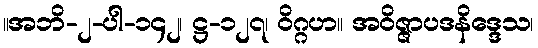
။အဘိ-၂-ပါ-၁၄၂၊ ဋ္ဌ-၁၂၇၊ ဝိဂ္ဂဟ။ အဝိဇ္ဇာပဒနိဒ္ဒေသ၊